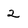
Character: 2